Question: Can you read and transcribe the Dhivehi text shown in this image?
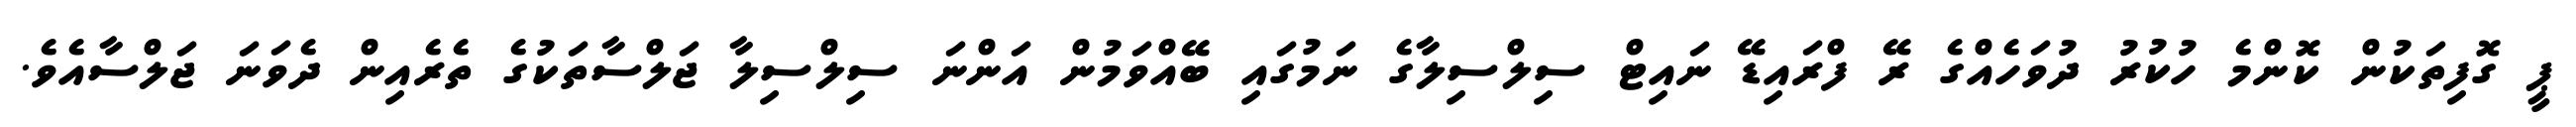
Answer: ޕީ ގޮފިތަކުން ކޮންމެ ހުކުރު ދުވަހެއްގެ ރޭ ފްރައިޑޭ ނައިޓް ސިލްސިލާގެ ނަމުގައި ބޭއްވަމުން އަންނަ ސިލްސިލާ ޖަލްސާތަކުގެ ތެރެއިން ދެވަނަ ޖަލްސާއެވެ.